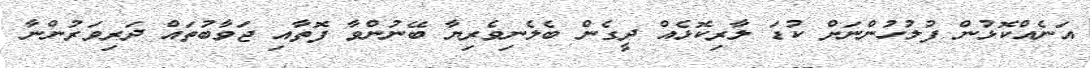
އަނެއްކޮޅުން ފުލުހުންނަށް ކުޑަ ލާރިކޮޅެއް ދީގެން ބެލެނިވެރިޔާ ބޭނުންވާ ފޮތާއި ޖަވާބުތައް ދަރިވަރުންނާ